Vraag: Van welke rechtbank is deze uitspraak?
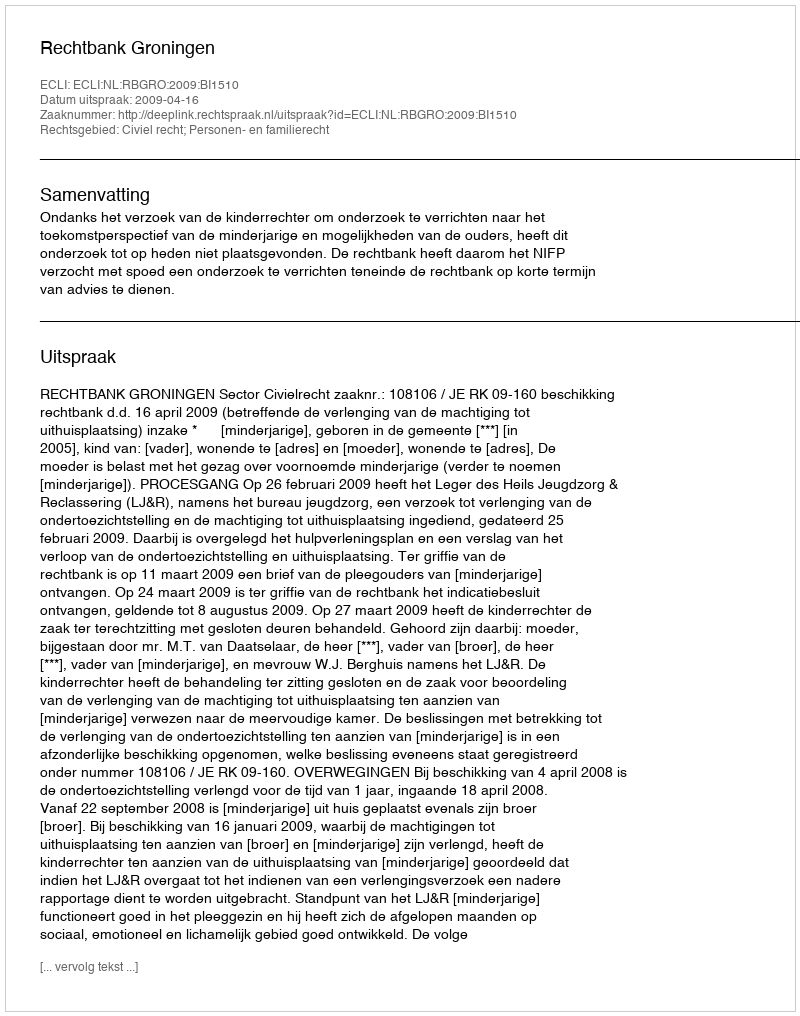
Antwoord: Rechtbank Groningen